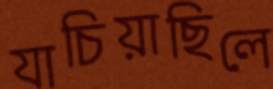
যাচিয়াছিলে